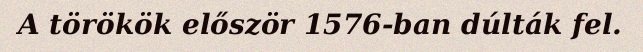
A törökök először 1576-ban dúlták fel.